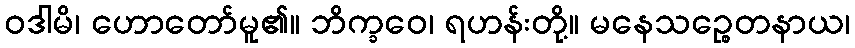
ဝဒါမိ၊ ဟောတော်မူ၏။ ဘိက္ခဝေ၊ ရဟန်းတို့။ မနေသဉ္စေတနာယ၊